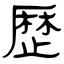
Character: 歴